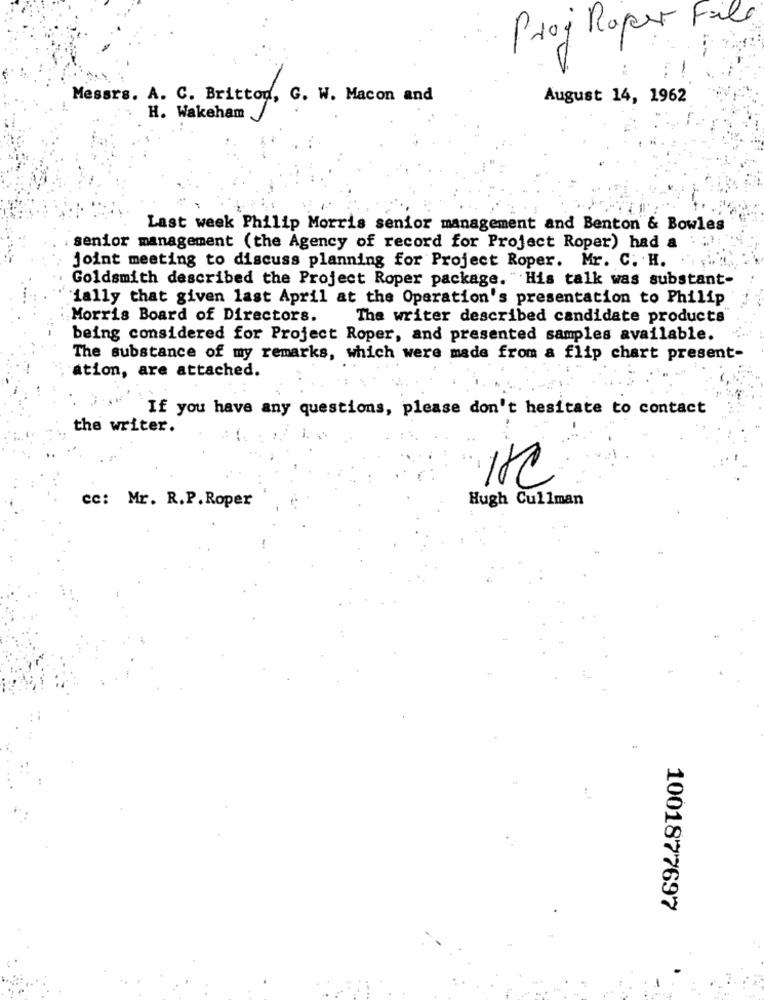
Proj Roper File
Messrs. A. C. Britton, G. W. Macon and
August 14, 1962
H. Wakeham
Last week Philip Morris senior management and Benton & Bowles
senior management (the Agency of record for Project Roper) had a
joint meeting to discuss planning for Project Roper. Mr. C. H.
Goldsmith described the Project Roper package. "His talk was substant-
"ially that given last April at the Operation's presentation to Philip
Morris Board of Directors.
The writer described candidate products
being considered for Project Roper, and presented samples available.
The substance of my remarks, which were made from a flip chart present-
ation, are attached.
If you have any questions, please don't hesitate to contact
the writer.
cc: Mr. R.P. Roper
Hugh Cullman
1001877697